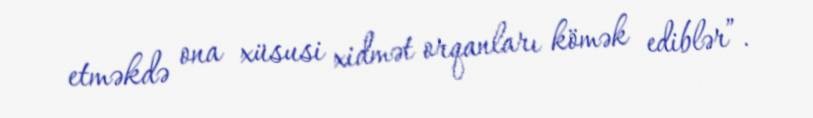
etməkdə ona xüsusi xidmət orqanları kömək ediblər”.